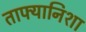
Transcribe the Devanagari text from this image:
ताफ्यानिशा